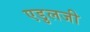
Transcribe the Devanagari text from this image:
एडुलजी